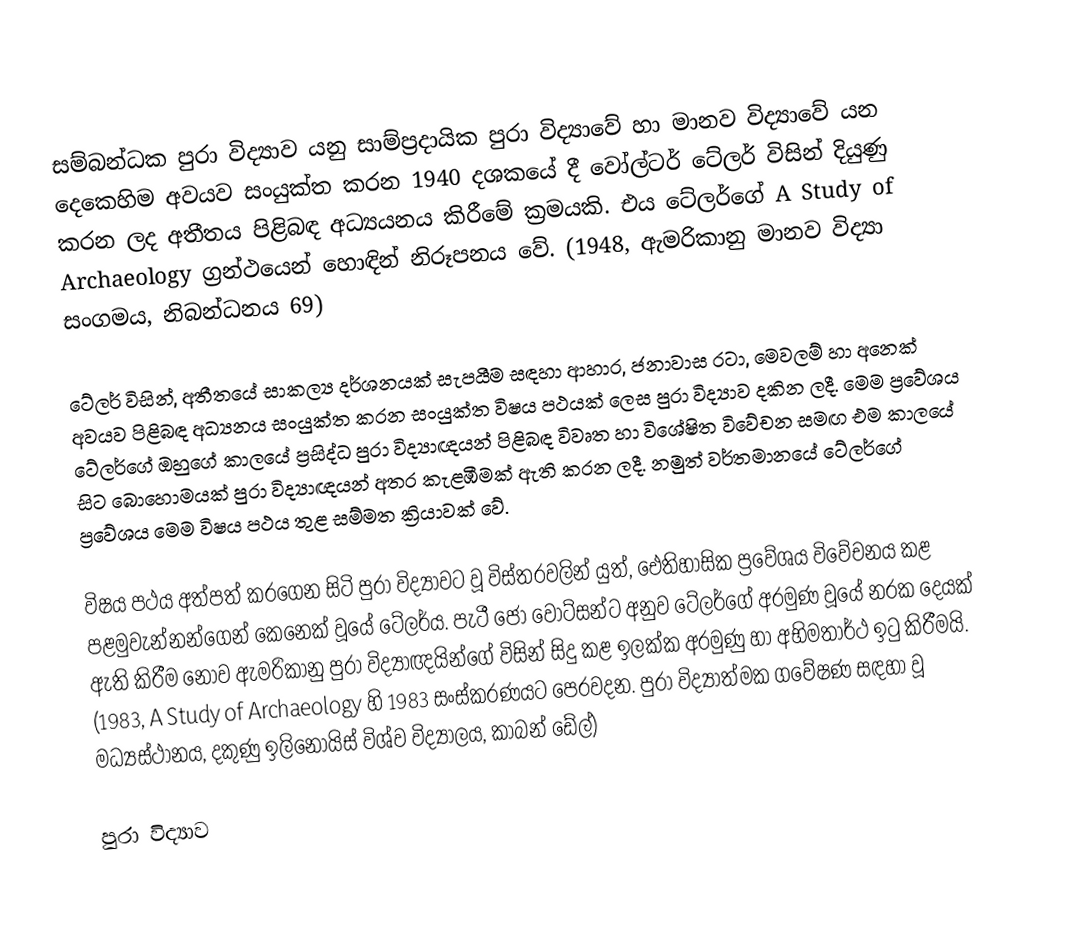
සම්බන්ධක පුරා විද්‍යාව යනු සාම්ප්‍රදායික පුරා විද්‍යාවේ හා මානව විද්‍යාවේ යන දෙකෙහිම අවයව සංයුක්ත කරන 1940 දශකයේ දී වෝල්ටර් ටේලර් විසින් දියුණු කරන ලද අතීතය පිළිබඳ අධ්‍යයනය කිරීමේ ක්‍රමයකි. එය ටේලර්ගේ A Study of Archaeology ග්‍රන්ථයෙන් හොඳින් නිරූපනය වේ. (1948, ඇමරිකානු මානව විද්‍යා සංගමය, නිබන්ධනය 69)

ටේලර් විසින්, අතීතයේ සාකල්‍ය දර්ශනයක් සැපයීම සඳහා ආහාර, ජනාවාස රටා, මෙවලම් හා අනෙක් අවයව පිළිබඳ අධ්‍යනය සංයුක්ත කරන සංයුක්ත විෂය පථයක් ලෙස පුරා විද්‍යාව දකින ලදී. මෙම ප්‍රවේශය ටේලර්ගේ ඔහුගේ කාලයේ ප්‍රසිද්ධ පුරා විද්‍යාඥයන් පිළිබඳ විවෘත හා විශේෂිත විවේචන සමඟ එම කාලයේ සිට බොහොමයක් පුරා විද්‍යාඥයන් අතර කැළඹීමක් ඇති කරන ලදී. නමුත් වර්තමානයේ ටේලර්ගේ ප්‍රවේශය මෙම විෂය පථය තුළ සම්මත ක්‍රියාවක් වේ.

විෂය පථය අත්පත් කරගෙන සිටි පුරා විද්‍යාවට වූ විස්තරවලින් යුත්, ඓතිහාසික ප්‍රවේශය විවේචනය කළ පළමුවැන්නන්ගෙන් කෙනෙක් වූයේ ටේලර්ය. පැටී ජෝ වොට්සන්ට අනුව ටේලර්ගේ අරමුණ වූයේ නරක දෙයක් ඇති කිරීම නොව ඇමරිකානු පුරා විද්‍යාඥයින්ගේ විසින් සිදු කළ ඉලක්ක අරමුණු හා අභිමතාර්ථ ඉටු කිරීමයි. (1983,  A Study of Archaeology හි 1983 සංස්කරණයට පෙරවදන. පුරා විද්‍යාත්මක ගවේෂණ සඳහා වූ මධ්‍යස්ථානය, දකුණු ඉලිනොයිස් විශ්ව විද්‍යාලය, කාබන් ඩේල්)

පුරා විද්‍යාව